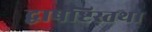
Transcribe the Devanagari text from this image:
द्वाषष्टिस्तथा